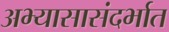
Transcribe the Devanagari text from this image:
अभ्यासासंदर्भात